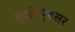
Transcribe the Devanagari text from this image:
बुद्धिपुरःसर